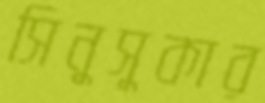
সিনুসুকার